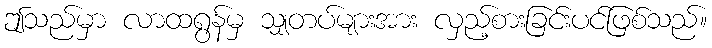
ဤသည်မှာ လာထရွန်မှ သျှတပ်များအား လှည့်စားခြင်းပင်ဖြစ်သည်။